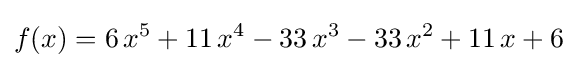
f(x)=6\,x^{5}+11\,x^{4}-33\,x^{3}-33\,x^{2}+11\,x+6